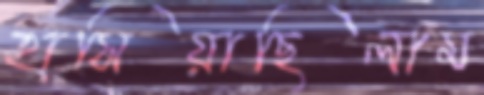
হাসিয়াছিলাম